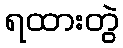
ရထားတွဲ